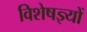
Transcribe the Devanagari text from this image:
विशेषज्ञ्यों